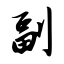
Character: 副